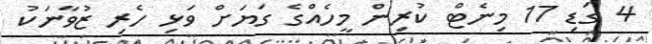
4 ގަޑި 17 މިނެޓް ކުރިން މީހެއްގެ ގަޔަށް ވަޅި ހެރި ޒުވާނަކު